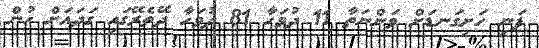
ފަނި ހަށިގަނޑަށް ވަންނަތާ 11 ދުވަހާ 81 ދުވަހާ ދޭތެރޭގައި ގަދައަށް ހުން